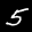
Label: 5